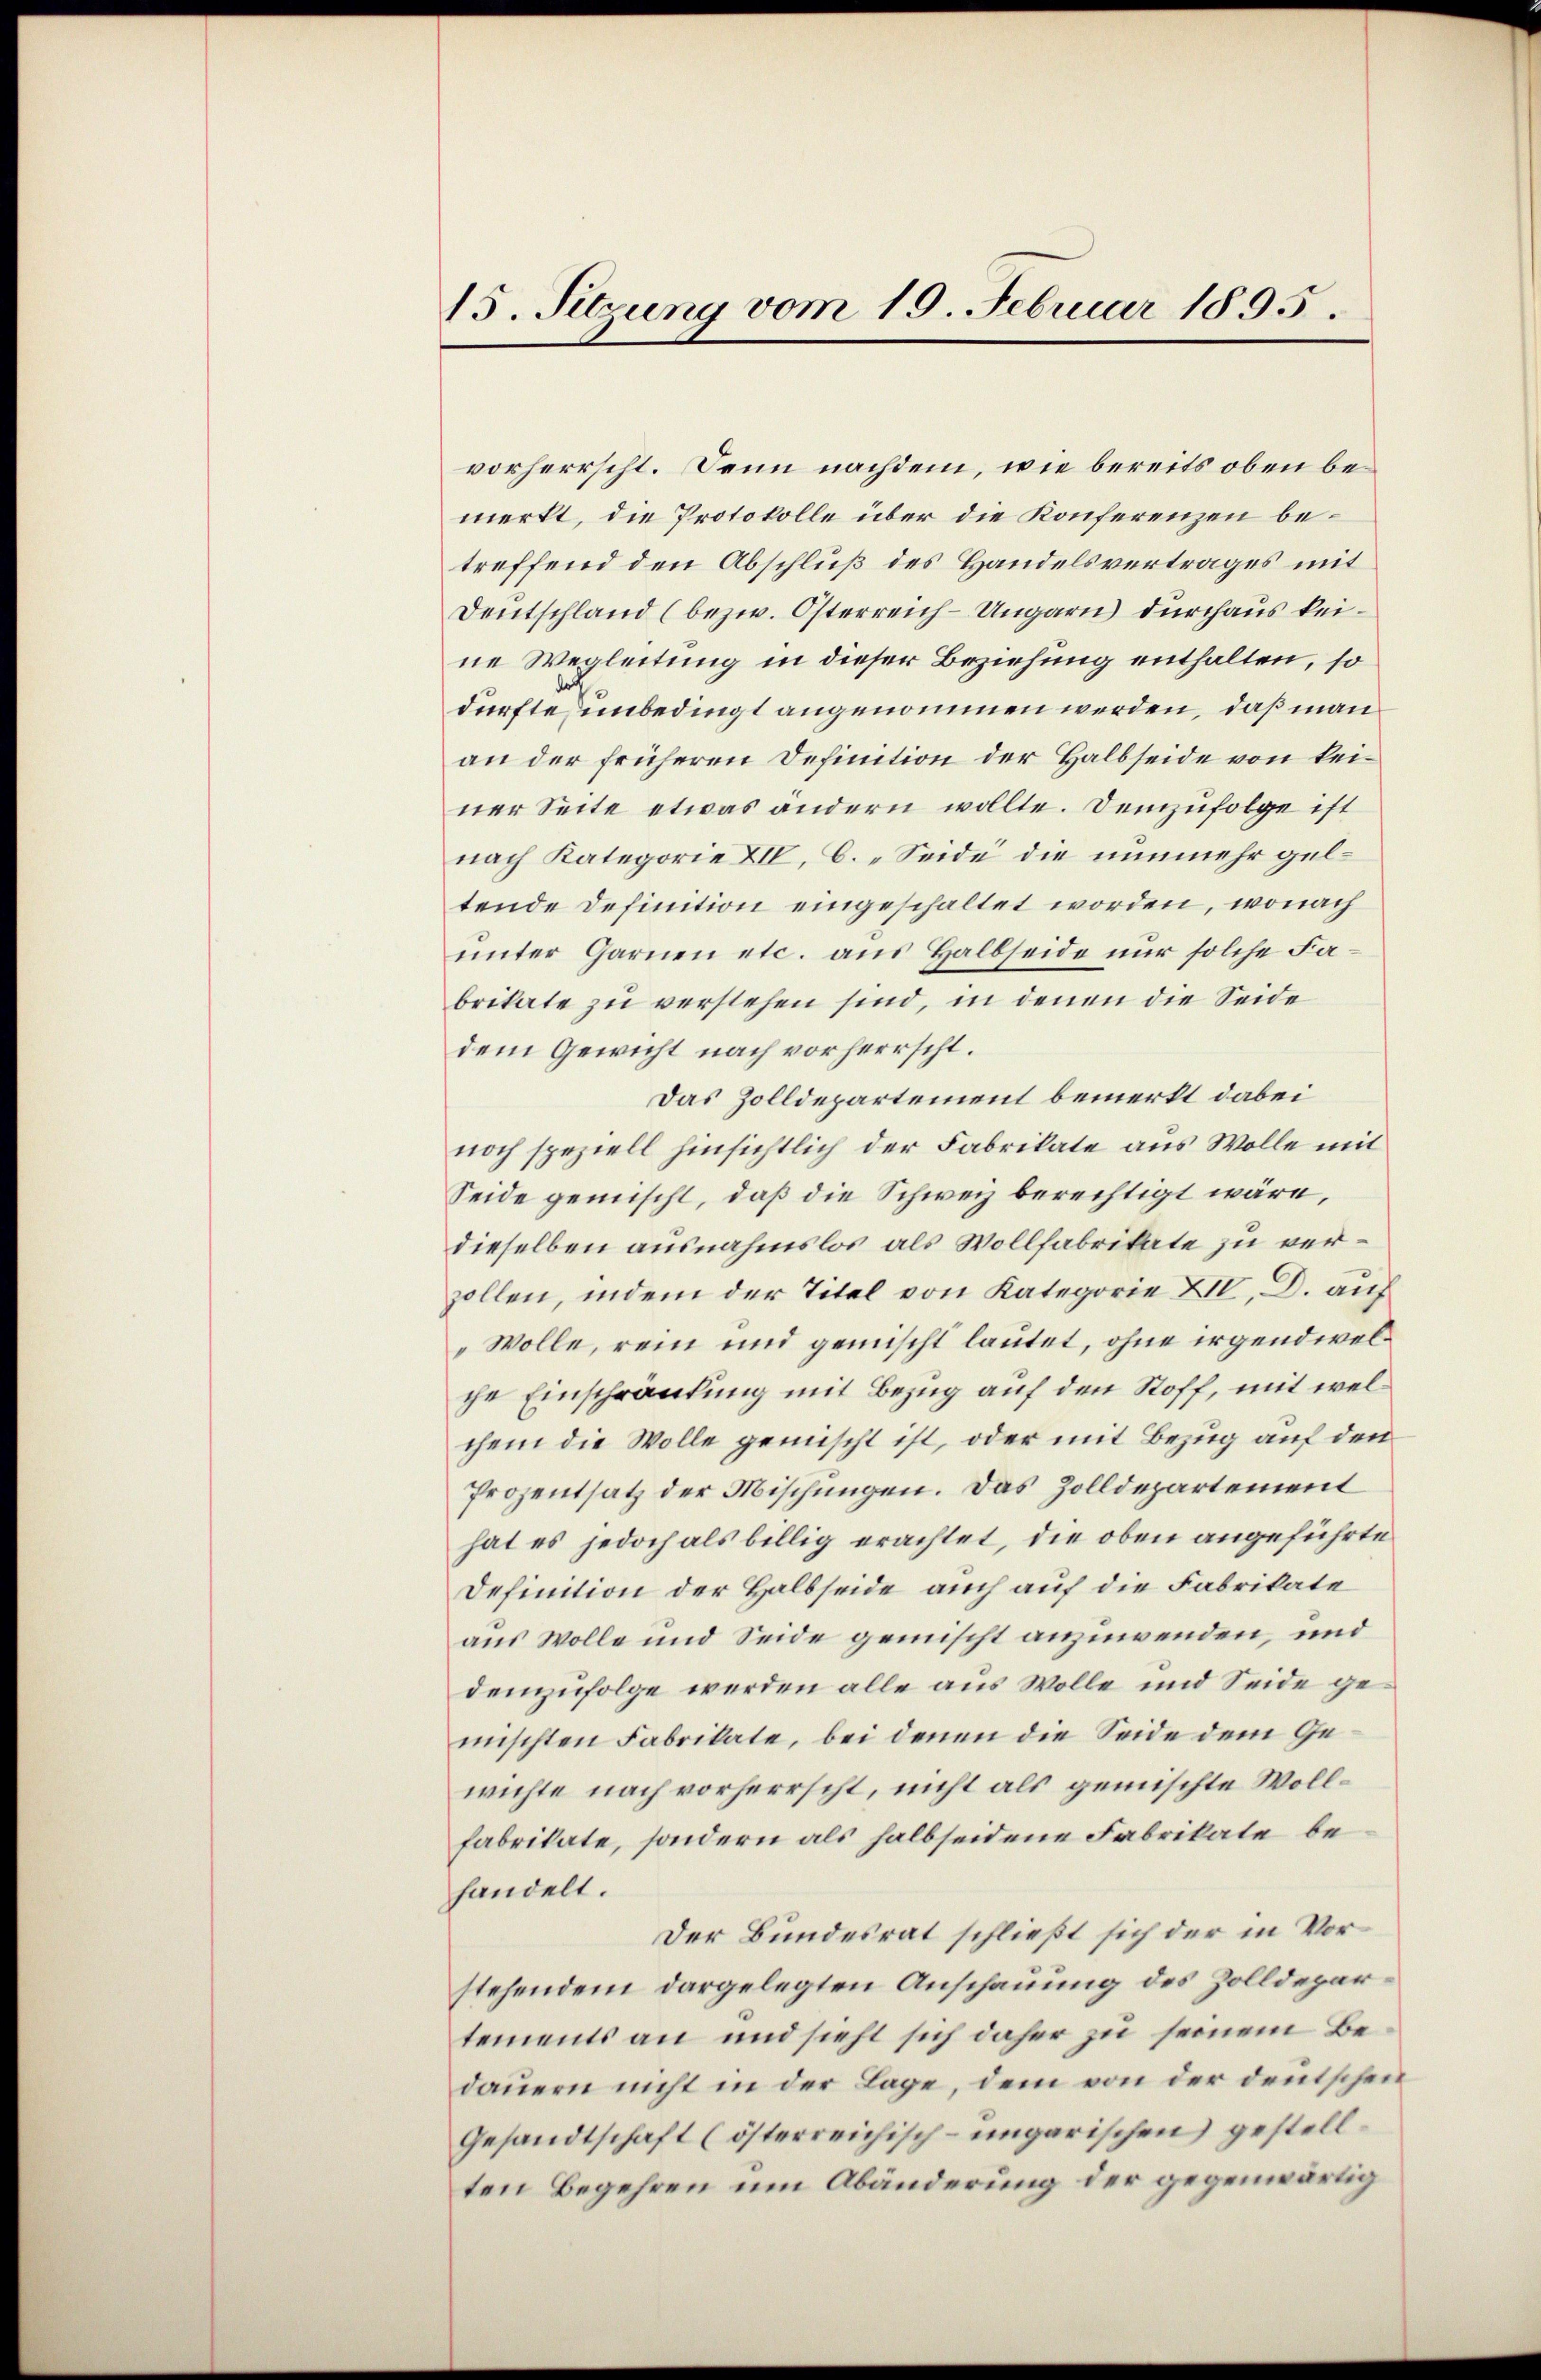
15. Sitzung vom 19. Februar 1895.

vorherrscht. Denn nachdem, wie bereits oben bemerkt, die Protokolle über die Konferenzen betreffend den Abschluß des Handelsvertrages mit
Deutschland (bezw. Österreich-Ungarn) durchaus keine Wegleitung in dieser Beziehung enthalten, so
dürfte, unbedingt angenommen werden, daß man
an der früheren Definition der Halbseide von keiner Seite etwas ändern wollte. Demzufolge ist
nach Kategorie XII, C. „Seide die nunmehr geltende Definition eingeschaltet worden, wonach
unter Garnen etc. aus Halbseide nur solche Fabrikate zu verstehen sind, in denen die Seide
dem Gewicht nach vorherrscht.
Das Zolldepartement bemerkt dabei
noch speziell hinsichtlich der Fabrikate aus Wolle mit
Seide gemischt, daß die Schweiz berechtigt wäre,
dieselben ausnahmslos als Wollfabrikate zu verzollen, indem der Titel von Kategorie XIV, D. auf
Wolle, rein und gemischt lautet, ohne irgendwelche Einschränkung mit Bezug auf den Stoff, mit welchem die Wolle gemischt ist, oder mit Bezug auf den
Prozentsatz der Mischungen. Das Zolldepartement
hat es jedoch als billig erachtet, die oben angeführte
Definition der Halbseide auch auf die Fabrikate
aus Wolle und Seide gemischt anzuwenden, und
demzufolge werden alle aus Wolle und Seide gemischten Fabrikate, bei denen die Seide dem Gewichte nach vorherrscht, nicht als gemischte Wollfabrikate, sondern als halbseidene Fabrikate behandelt.
Der Bundesrat schließt sich der in Vorstehendem dargelegten Anschauung des Zolldepartements an und sieht sich daher zu seinem Bedauern nicht in der Lage, dem von der deutschen
Gesandtschaft (österreichisch-ungarischen gestellten Begehren um Abänderung der gegenwärtig